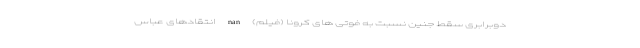
دوبرابری سقط جنین نسبت به فوتی های کرونا (فیلم) nan انتقادهای عباس